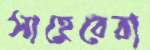
সাহেবেরা